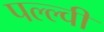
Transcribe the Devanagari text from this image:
पल्ल्वी